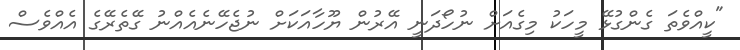
"ކީއްވެތަ ގެންގުޅޭ މީހަކު މިގެއަށް ނުހޯދަނީ އޭރުން ޔޫހާއަކަށް ނުޖެހޭނެއެއްނު ގޭތެރޭގެ އެއްވެސް